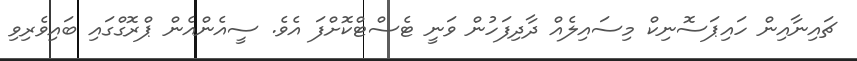
ޗައިނާއިން ހައިޕަސޮނިކް މިސައިލެއް ދާދިފަހުން ވަނީ ޓެސްޓްކޮށްފަ އެވެ. ސީއެންއެން ޕްރޮގްގައި ބައިވެރިވި